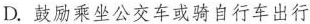
D. 鼓励乘坐公交车或骑自行车出行